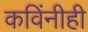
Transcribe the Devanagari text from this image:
कविंनीही